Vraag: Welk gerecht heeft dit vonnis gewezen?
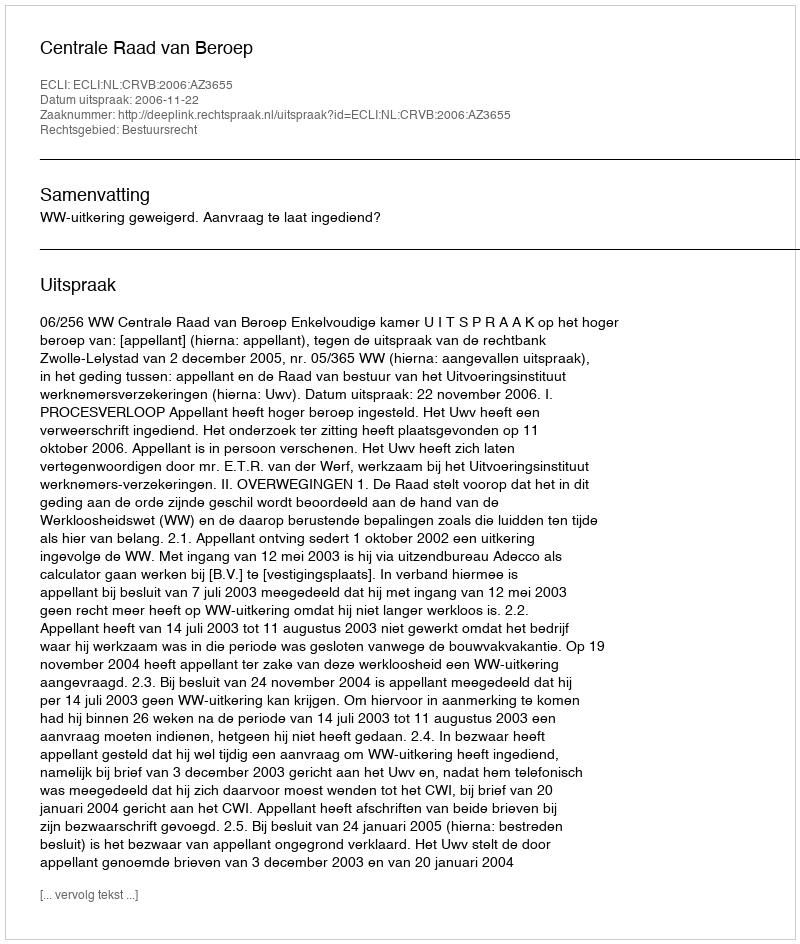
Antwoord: Centrale Raad van Beroep